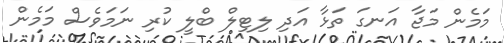
މަމެން މަޖާ އަނގަ ތަޅާ އަދި ލިޓިލް ބްލީ ކުރި ނަމަވެސް މަމެން